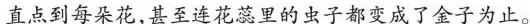
直点到每朵花，甚至连花蕊里的虫子都变成了金子为止。